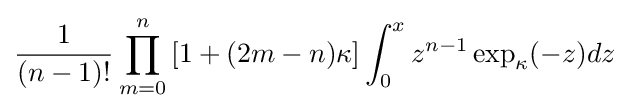
{\frac {1}{(n-1)!}}\prod _{m=0}^{n}\left[1+(2m-n)\kappa \right]\int _{0}^{x}z^{n-1}\exp _{\kappa }(-z)dz